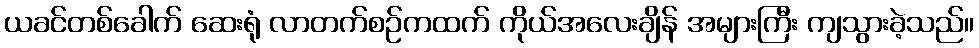
ယခင်တစ်ခေါက် ဆေးရုံ လာတက်စဉ်ကထက် ကိုယ်အလေးချိန် အများကြီး ကျသွားခဲ့သည်။